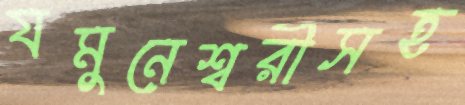
যমুনেশ্বরীসহ